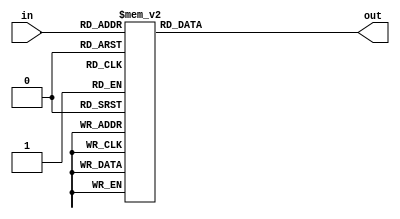
`timescale 1ns / 1ps


module Shift_Add3_algorithm(
    input [3:0] in, 
    output reg [3:0] out 
    );
    
    always @(in) 
    case(in) 
    
    4'b0000: out<=4'b0000; 
    4'b0001: out<=4'b0001; 
    4'b0010: out<=4'b0010; 
    4'b0011: out<=4'b0011; 
    4'b0100: out<=4'b0100; 
    4'b0101: out<=4'b1000; 
    4'b0110: out<=4'b1001; 
    4'b0111: out<=4'b1010; 
    4'b1000: out<=4'b1011; 
    4'b1001: out<=4'b1100; 
    default: out<=4'b0000;
    endcase
    
endmodule